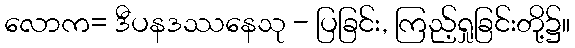
လောက= ဒီပနဒဿနေသု - ပြခြင်း, ကြည့်ရှုခြင်းတို့၌။